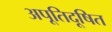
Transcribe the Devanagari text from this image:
अपूतिदूषित